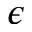
\epsilon